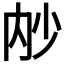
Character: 𭁧